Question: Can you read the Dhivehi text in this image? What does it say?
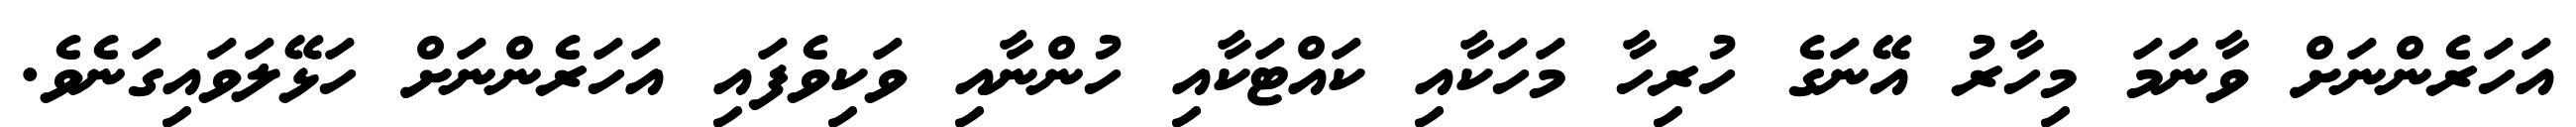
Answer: އަހަރެންނަށް ވާނަމަ މިހާރު އޭނަގެ ހުރިހާ މަހަކާއި ކައްޓަކާއި ހުންނާއި ވަކިވެފައި އަހަރެންނަށް ހަޅޭލަވައިގަނެވެ.